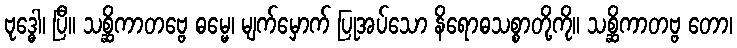
ဗုဒ္ဓေါ၊ ပြီ။ သစ္ဆိကာတဗ္ဗေ ဓမ္မေ၊ မျက်မှောက် ပြုအပ်သော နိရောဓသစ္စာတို့ကို။ သစ္ဆိကာတဗ္ဗ တော၊